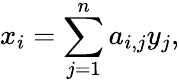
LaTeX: x_{i}=\sum_{j=1}^{n}a_{i,j}y_{j},